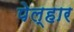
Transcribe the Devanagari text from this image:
पेल्हार